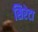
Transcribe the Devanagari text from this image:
सिरेटा